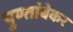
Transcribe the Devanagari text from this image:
पुण्तांबेकर